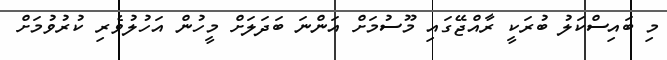
މި ބައިސްކަލު ބުރަކީ ރާއްޖޭގައި މޫސުމަށް އަންނަ ބަދަލަށް މީހުން އަހުލުވެރި ކުރުވުމަށް